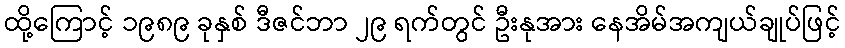
ထို့ကြောင့် ၁၉၈၉ ခုနှစ် ဒီဇင်ဘာ ၂၉ ရက်တွင် ဦးနုအား နေအိမ်အကျယ်ချုပ်ဖြင့်